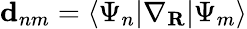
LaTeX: \mathbf{d}_{nm}=\langle\Psi_{n}|\nabla_{\textbf{R}}|\Psi_{m}\rangle